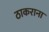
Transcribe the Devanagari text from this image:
ठाकराना